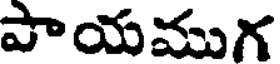
పాయముగ